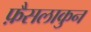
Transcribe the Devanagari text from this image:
फ़ैसलाकुन